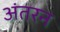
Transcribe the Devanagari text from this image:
अंतरन